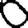
Digit: 0